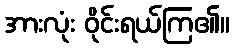
အားလုံး ဝိုင်းရယ်ကြ၏။